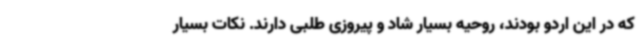
که در این اردو بودند، روحیه بسیار شاد و پیروزی طلبی دارند. نکات بسیار